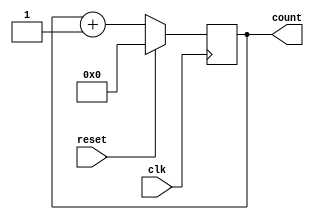
module synchronous_reset_example (
    input wire clk,        // Clock signal
    input wire reset,      // Synchronous reset signal
    output reg [7:0] count // Output signal (8-bit counter)
);

// Always block triggered on the rising edge of the clock
always @(posedge clk) begin
    if (reset) begin
        // If reset is asserted, initialize the count to zero
        count <= 8'b0;
    end else begin
        // Normal operation: increment the count
        count <= count + 1;
    end
end

endmodule